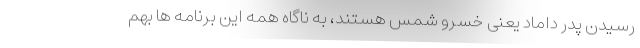
رسیدن پدر داماد یعنی خسرو شمس هستند، به ناگاه همه این برنامه ها بهم